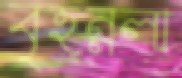
বৃহন্নলা